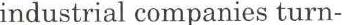
industrial companies turn-